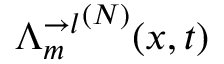
{ \Lambda _ { m } ^ { \rightarrow l } } ^ { ( N ) } ( x , t )